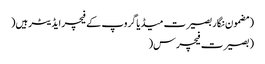
(مضمون نگار بصیرت میڈیاگروپ کے فیچر ایڈیٹر ہیں(
(بصیرت فیچرس(